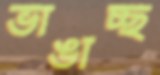
ভাঙাচ্ছ